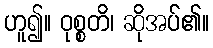
ဟူ၍။ ဝုစ္စတိ၊ ဆိုအပ်၏။